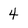
Character: 4